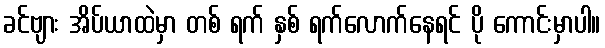
ခင်ဗျား အိပ်ယာထဲမှာ တစ် ရက် နှစ် ရက်လောက်နေရင် ပို ကောင်းမှာပါ။